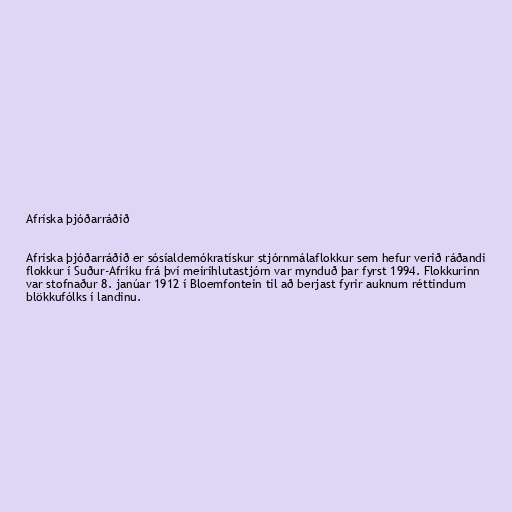
Afríska þjóðarráðið

Afríska þjóðarráðið er sósíaldemókratískur stjórnmálaflokkur sem hefur verið ráðandi
flokkur í Suður-Afríku frá því meirihlutastjórn var mynduð þar fyrst 1994. Flokkurinn
var stofnaður 8. janúar 1912 í Bloemfontein til að berjast fyrir auknum réttindum
blökkufólks í landinu.